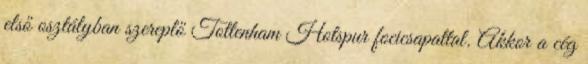
első osztályban szereplő Tottenham Hotspur focicsapattal. Akkor a cég